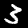
Digit: 3